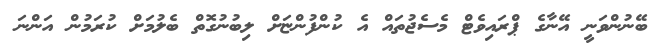
ބޭނުންވަނީ އޭނާގެ ޕްރައިވެޓް މެސެޖުތައް އެ ކުންފުންޏަށް ލިބުނުގޮތް ބެލުމަށް ކުރަމުން އަންނަ